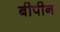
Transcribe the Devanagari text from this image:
बीपीन